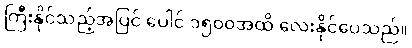
ကြီးနိုင်သည့်အပြင် ပေါင် ၁၅၀၀အထိ လေးနိုင်ပေသည်။